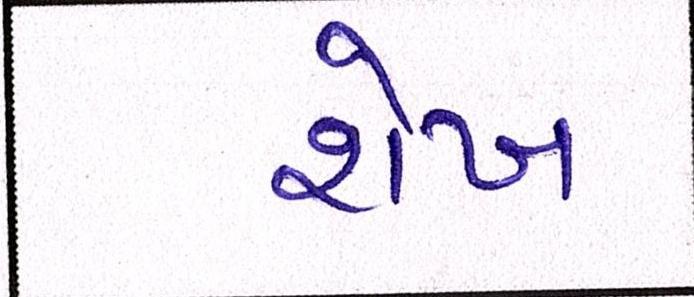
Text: શેખ